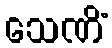
သေဏိံ